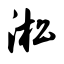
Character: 淞